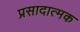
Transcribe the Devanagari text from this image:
प्रसादात्मक